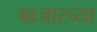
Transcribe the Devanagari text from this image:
बाजारच्या